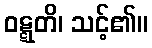
ဝဋ္ဋတိ၊ သင့်၏။